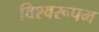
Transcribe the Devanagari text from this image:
विश्‍वरूपम